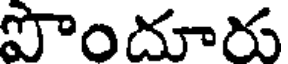
పొందూరు